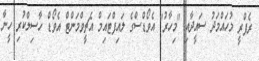
ރެފްރީ މުހައްމަދު ސައީދާއި "މިހާރު" އެވޯޑްސްގެ ލައިފްޓައިމް އެޗީވްމަންޓް އެވޯޑް ހާސިލްކުރި ހީނާ